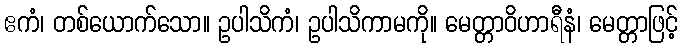
ဧကံ၊ တစ်ယောက်သော။ ဥပါသိကံ၊ ဥပါသိကာမကို။ မေတ္တာဝိဟာရီနံ၊ မေတ္တာဖြင့်